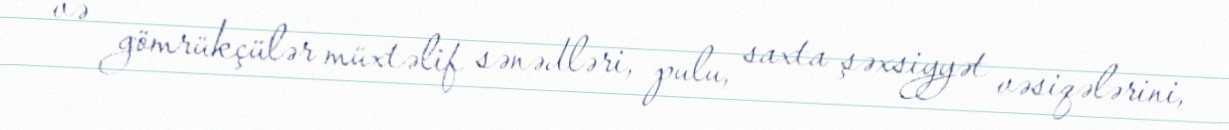
və gömrükçülər müxtəlif sənədləri, pulu, saxta şəxsiyyət vəsiqələrini,